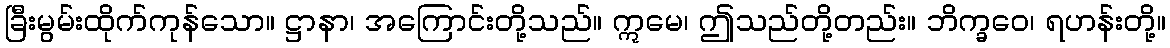
ခြီးမွမ်းထိုက်ကုန်သော။ ဋ္ဌာနာ၊ အကြောင်းတို့သည်။ ဣမေ၊ ဤသည်တို့တည်း။ ဘိက္ခဝေ၊ ရဟန်းတို့။